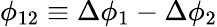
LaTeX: \phi_{12}\equiv\Delta\phi_{1}-\Delta\phi_{2}